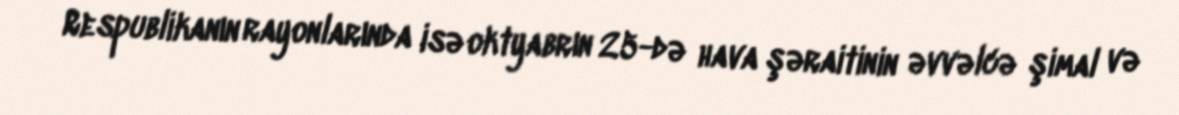
Respublikanın rayonlarında isə oktyabrın 25-də hava şəraitinin əvvəlcə şimal və